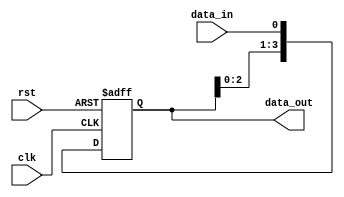
module SIPO (clk,rst,data_in,data_out); input clk;
 

input rst; input data_in;
output [3:0] data_out;

reg [3:0] temp;

assign data_out=temp;

always @ (posedge clk, negedge rst) begin if(!rst) temp<=4'b0000;
else begin
temp[0]<=data_in; temp[1]<=temp[0]; temp[2]<=temp[1]; temp[3]<=temp[2]; end
end endmodule
 

module SIPO_l (clk,rst,data_in,data_out); input clk;
input rst; input data_in;
output [3:0] data_out;

reg [3:0] temp;

assign data_out=temp;
always @ (posedge clk, negedge rst) begin if(!rst) temp<=4'b0000;
else begin
temp<={temp[2:0],data_in}; end
end endmodule